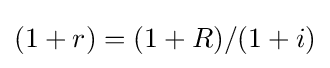
(1+r)=(1+R)/(1+i)